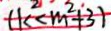
( k ^ { 2 } < m ^ { 2 } + 3 )